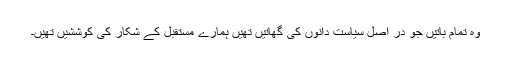
وہ تمام باتیں جو در اصل سیاست دانوں کی گھاتیں تھیں ہمارے مستقبل کے شکار کی کوششیں تھیں۔